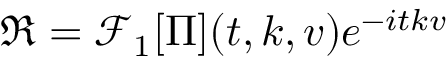
\begin{array} { r } { \mathfrak { R } = \mathcal { F } _ { 1 } [ \Pi ] ( t , k , v ) e ^ { - i t k v } } \end{array}